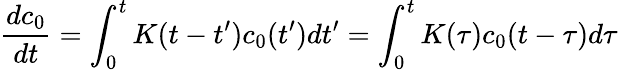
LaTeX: \frac{dc_{0}}{dt}=\int_{0}^{t}K(t-t^{\prime})c_{0}(t^{\prime})dt^{\prime}=\int_{0}^{t}K(\tau)c_{0}(t-\tau)d\tau